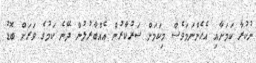
ނުކުރާ ކަމަށާއި އެހެންނަމަވެސް މިކަމަށް ސަރުކާރުން އެއްބާރުލުން ދޭނެ ކަމުގެ ވަރަށް ބޮޑު